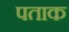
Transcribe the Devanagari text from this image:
पताक